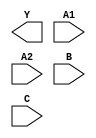
(* blackbox *) module A2O1A1Ixp33_ASAP7_75t_R (Y, A1, A2, B, C);
	output Y;
	input A1, A2, B, C;
endmodule
(* blackbox *) module A2O1A1O1Ixp25_ASAP7_75t_R (Y, A1, A2, B, C, D);
	output Y;
	input A1, A2, B, C, D;
endmodule
(* blackbox *) module AO211x2_ASAP7_75t_R (Y, A1, A2, B, C);
	output Y;
	input A1, A2, B, C;
endmodule
(* blackbox *) module AO21x1_ASAP7_75t_R (Y, A1, A2, B);
	output Y;
	input A1, A2, B;
endmodule
(* blackbox *) module AO21x2_ASAP7_75t_R (Y, A1, A2, B);
	output Y;
	input A1, A2, B;
endmodule
(* blackbox *) module AO221x1_ASAP7_75t_R (Y, A1, A2, B1, B2, C);
	output Y;
	input A1, A2, B1, B2, C;
endmodule
(* blackbox *) module AO221x2_ASAP7_75t_R (Y, A1, A2, B1, B2, C);
	output Y;
	input A1, A2, B1, B2, C;
endmodule
(* blackbox *) module AO222x2_ASAP7_75t_R (Y, A1, A2, B1, B2, C1, C2);
	output Y;
	input A1, A2, B1, B2, C1, C2;
endmodule
(* blackbox *) module AO22x1_ASAP7_75t_R (Y, A1, A2, B1, B2);
	output Y;
	input A1, A2, B1, B2;
endmodule
(* blackbox *) module AO22x2_ASAP7_75t_R (Y, A1, A2, B1, B2);
	output Y;
	input A1, A2, B1, B2;
endmodule
(* blackbox *) module AO31x2_ASAP7_75t_R (Y, A1, A2, A3, B);
	output Y;
	input A1, A2, A3, B;
endmodule
(* blackbox *) module AO322x2_ASAP7_75t_R (Y, A1, A2, A3, B1, B2, C1, C2);
	output Y;
	input A1, A2, A3, B1, B2, C1, C2;
endmodule
(* blackbox *) module AO32x1_ASAP7_75t_R (Y, A1, A2, A3, B1, B2);
	output Y;
	input A1, A2, A3, B1, B2;
endmodule
(* blackbox *) module AO32x2_ASAP7_75t_R (Y, A1, A2, A3, B1, B2);
	output Y;
	input A1, A2, A3, B1, B2;
endmodule
(* blackbox *) module AO331x1_ASAP7_75t_R (Y, A1, A2, A3, B1, B2, B3, C);
	output Y;
	input A1, A2, A3, B1, B2, B3, C;
endmodule
(* blackbox *) module AO331x2_ASAP7_75t_R (Y, A1, A2, A3, B1, B2, B3, C);
	output Y;
	input A1, A2, A3, B1, B2, B3, C;
endmodule
(* blackbox *) module AO332x1_ASAP7_75t_R (Y, A1, A2, A3, B1, B2, B3, C1, C2);
	output Y;
	input A1, A2, A3, B1, B2, B3, C1, C2;
endmodule
(* blackbox *) module AO332x2_ASAP7_75t_R (Y, A1, A2, A3, B1, B2, B3, C1, C2);
	output Y;
	input A1, A2, A3, B1, B2, B3, C1, C2;
endmodule
(* blackbox *) module AO333x1_ASAP7_75t_R (Y, A1, A2, A3, B1, B2, B3, C1, C2, C3);
	output Y;
	input A1, A2, A3, B1, B2, B3, C1, C2, C3;
endmodule
(* blackbox *) module AO333x2_ASAP7_75t_R (Y, A1, A2, A3, B1, B2, B3, C1, C2, C3);
	output Y;
	input A1, A2, A3, B1, B2, B3, C1, C2, C3;
endmodule
(* blackbox *) module AO33x2_ASAP7_75t_R (Y, A1, A2, A3, B1, B2, B3);
	output Y;
	input A1, A2, A3, B1, B2, B3;
endmodule
(* blackbox *) module AOI211x1_ASAP7_75t_R (Y, A1, A2, B, C);
	output Y;
	input A1, A2, B, C;
endmodule
(* blackbox *) module AOI211xp5_ASAP7_75t_R (Y, A1, A2, B, C);
	output Y;
	input A1, A2, B, C;
endmodule
(* blackbox *) module AOI21x1_ASAP7_75t_R (Y, A1, A2, B);
	output Y;
	input A1, A2, B;
endmodule
(* blackbox *) module AOI21xp33_ASAP7_75t_R (Y, A1, A2, B);
	output Y;
	input A1, A2, B;
endmodule
(* blackbox *) module AOI21xp5_ASAP7_75t_R (Y, A1, A2, B);
	output Y;
	input A1, A2, B;
endmodule
(* blackbox *) module AOI221x1_ASAP7_75t_R (Y, A1, A2, B1, B2, C);
	output Y;
	input A1, A2, B1, B2, C;
endmodule
(* blackbox *) module AOI221xp5_ASAP7_75t_R (Y, A1, A2, B1, B2, C);
	output Y;
	input A1, A2, B1, B2, C;
endmodule
(* blackbox *) module AOI222xp33_ASAP7_75t_R (Y, A1, A2, B1, B2, C1, C2);
	output Y;
	input A1, A2, B1, B2, C1, C2;
endmodule
(* blackbox *) module AOI22x1_ASAP7_75t_R (Y, A1, A2, B1, B2);
	output Y;
	input A1, A2, B1, B2;
endmodule
(* blackbox *) module AOI22xp33_ASAP7_75t_R (Y, A1, A2, B1, B2);
	output Y;
	input A1, A2, B1, B2;
endmodule
(* blackbox *) module AOI22xp5_ASAP7_75t_R (Y, A1, A2, B1, B2);
	output Y;
	input A1, A2, B1, B2;
endmodule
(* blackbox *) module AOI311xp33_ASAP7_75t_R (Y, A1, A2, A3, B, C);
	output Y;
	input A1, A2, A3, B, C;
endmodule
(* blackbox *) module AOI31xp33_ASAP7_75t_R (Y, A1, A2, A3, B);
	output Y;
	input A1, A2, A3, B;
endmodule
(* blackbox *) module AOI31xp67_ASAP7_75t_R (Y, A1, A2, A3, B);
	output Y;
	input A1, A2, A3, B;
endmodule
(* blackbox *) module AOI321xp33_ASAP7_75t_R (Y, A1, A2, A3, B1, B2, C);
	output Y;
	input A1, A2, A3, B1, B2, C;
endmodule
(* blackbox *) module AOI322xp5_ASAP7_75t_R (Y, A1, A2, A3, B1, B2, C1, C2);
	output Y;
	input A1, A2, A3, B1, B2, C1, C2;
endmodule
(* blackbox *) module AOI32xp33_ASAP7_75t_R (Y, A1, A2, A3, B1, B2);
	output Y;
	input A1, A2, A3, B1, B2;
endmodule
(* blackbox *) module AOI331xp33_ASAP7_75t_R (Y, A1, A2, A3, B1, B2, B3, C1);
	output Y;
	input A1, A2, A3, B1, B2, B3, C1;
endmodule
(* blackbox *) module AOI332xp33_ASAP7_75t_R (Y, A1, A2, A3, B1, B2, B3, C1, C2);
	output Y;
	input A1, A2, A3, B1, B2, B3, C1, C2;
endmodule
(* blackbox *) module AOI333xp33_ASAP7_75t_R (Y, A1, A2, A3, B1, B2, B3, C1, C2, C3);
	output Y;
	input A1, A2, A3, B1, B2, B3, C1, C2, C3;
endmodule
(* blackbox *) module AOI33xp33_ASAP7_75t_R (Y, A1, A2, A3, B1, B2, B3);
	output Y;
	input A1, A2, A3, B1, B2, B3;
endmodule
(* blackbox *) module BUFx10_ASAP7_75t_R (Y, A);
	output Y;
	input A;
endmodule
(* blackbox *) module BUFx12_ASAP7_75t_R (Y, A);
	output Y;
	input A;
endmodule
(* blackbox *) module BUFx12f_ASAP7_75t_R (Y, A);
	output Y;
	input A;
endmodule
(* blackbox *) module BUFx16f_ASAP7_75t_R (Y, A);
	output Y;
	input A;
endmodule
(* blackbox *) module BUFx24_ASAP7_75t_R (Y, A);
	output Y;
	input A;
endmodule
(* blackbox *) module BUFx2_ASAP7_75t_R (Y, A);
	output Y;
	input A;
endmodule
(* blackbox *) module BUFx3_ASAP7_75t_R (Y, A);
	output Y;
	input A;
endmodule
(* blackbox *) module BUFx4_ASAP7_75t_R (Y, A);
	output Y;
	input A;
endmodule
(* blackbox *) module BUFx4f_ASAP7_75t_R (Y, A);
	output Y;
	input A;
endmodule
(* blackbox *) module BUFx5_ASAP7_75t_R (Y, A);
	output Y;
	input A;
endmodule
(* blackbox *) module BUFx6f_ASAP7_75t_R (Y, A);
	output Y;
	input A;
endmodule
(* blackbox *) module BUFx8_ASAP7_75t_R (Y, A);
	output Y;
	input A;
endmodule
(* blackbox *) module CKINVDCx10_ASAP7_75t_R (Y, A);
	output Y;
	input A;
endmodule
(* blackbox *) module CKINVDCx11_ASAP7_75t_R (Y, A);
	output Y;
	input A;
endmodule
(* blackbox *) module CKINVDCx12_ASAP7_75t_R (Y, A);
	output Y;
	input A;
endmodule
(* blackbox *) module CKINVDCx14_ASAP7_75t_R (Y, A);
	output Y;
	input A;
endmodule
(* blackbox *) module CKINVDCx16_ASAP7_75t_R (Y, A);
	output Y;
	input A;
endmodule
(* blackbox *) module CKINVDCx20_ASAP7_75t_R (Y, A);
	output Y;
	input A;
endmodule
(* blackbox *) module CKINVDCx5p33_ASAP7_75t_R (Y, A);
	output Y;
	input A;
endmodule
(* blackbox *) module CKINVDCx6p67_ASAP7_75t_R (Y, A);
	output Y;
	input A;
endmodule
(* blackbox *) module CKINVDCx8_ASAP7_75t_R (Y, A);
	output Y;
	input A;
endmodule
(* blackbox *) module CKINVDCx9p33_ASAP7_75t_R (Y, A);
	output Y;
	input A;
endmodule
(* blackbox *) module HB1xp67_ASAP7_75t_R (Y, A);
	output Y;
	input A;
endmodule
(* blackbox *) module HB2xp67_ASAP7_75t_R (Y, A);
	output Y;
	input A;
endmodule
(* blackbox *) module HB3xp67_ASAP7_75t_R (Y, A);
	output Y;
	input A;
endmodule
(* blackbox *) module HB4xp67_ASAP7_75t_R (Y, A);
	output Y;
	input A;
endmodule
(* blackbox *) module INVx11_ASAP7_75t_R (Y, A);
	output Y;
	input A;
endmodule
(* blackbox *) module INVx13_ASAP7_75t_R (Y, A);
	output Y;
	input A;
endmodule
(* blackbox *) module INVx1_ASAP7_75t_R (Y, A);
	output Y;
	input A;
endmodule
(* blackbox *) module INVx2_ASAP7_75t_R (Y, A);
	output Y;
	input A;
endmodule
(* blackbox *) module INVx3_ASAP7_75t_R (Y, A);
	output Y;
	input A;
endmodule
(* blackbox *) module INVx4_ASAP7_75t_R (Y, A);
	output Y;
	input A;
endmodule
(* blackbox *) module INVx5_ASAP7_75t_R (Y, A);
	output Y;
	input A;
endmodule
(* blackbox *) module INVx6_ASAP7_75t_R (Y, A);
	output Y;
	input A;
endmodule
(* blackbox *) module INVx8_ASAP7_75t_R (Y, A);
	output Y;
	input A;
endmodule
(* blackbox *) module INVxp33_ASAP7_75t_R (Y, A);
	output Y;
	input A;
endmodule
(* blackbox *) module INVxp67_ASAP7_75t_R (Y, A);
	output Y;
	input A;
endmodule
(* blackbox *) module O2A1O1Ixp33_ASAP7_75t_R (Y, A1, A2, B, C);
	output Y;
	input A1, A2, B, C;
endmodule
(* blackbox *) module O2A1O1Ixp5_ASAP7_75t_R (Y, A1, A2, B, C);
	output Y;
	input A1, A2, B, C;
endmodule
(* blackbox *) module OA211x2_ASAP7_75t_R (Y, A1, A2, B, C);
	output Y;
	input A1, A2, B, C;
endmodule
(* blackbox *) module OA21x2_ASAP7_75t_R (Y, A1, A2, B);
	output Y;
	input A1, A2, B;
endmodule
(* blackbox *) module OA221x2_ASAP7_75t_R (Y, A1, A2, B1, B2, C);
	output Y;
	input A1, A2, B1, B2, C;
endmodule
(* blackbox *) module OA222x2_ASAP7_75t_R (Y, A1, A2, B1, B2, C1, C2);
	output Y;
	input A1, A2, B1, B2, C1, C2;
endmodule
(* blackbox *) module OA22x2_ASAP7_75t_R (Y, A1, A2, B1, B2);
	output Y;
	input A1, A2, B1, B2;
endmodule
(* blackbox *) module OA31x2_ASAP7_75t_R (Y, A1, A2, A3, B1);
	output Y;
	input A1, A2, A3, B1;
endmodule
(* blackbox *) module OA331x1_ASAP7_75t_R (Y, A1, A2, A3, B1, B2, B3, C1);
	output Y;
	input A1, A2, A3, B1, B2, B3, C1;
endmodule
(* blackbox *) module OA331x2_ASAP7_75t_R (Y, A1, A2, A3, B1, B2, B3, C1);
	output Y;
	input A1, A2, A3, B1, B2, B3, C1;
endmodule
(* blackbox *) module OA332x1_ASAP7_75t_R (Y, A1, A2, A3, B1, B2, B3, C1, C2);
	output Y;
	input A1, A2, A3, B1, B2, B3, C1, C2;
endmodule
(* blackbox *) module OA332x2_ASAP7_75t_R (Y, A1, A2, A3, B1, B2, B3, C1, C2);
	output Y;
	input A1, A2, A3, B1, B2, B3, C1, C2;
endmodule
(* blackbox *) module OA333x1_ASAP7_75t_R (Y, A1, A2, A3, B1, B2, B3, C1, C2, C3);
	output Y;
	input A1, A2, A3, B1, B2, B3, C1, C2, C3;
endmodule
(* blackbox *) module OA333x2_ASAP7_75t_R (Y, A1, A2, A3, B1, B2, B3, C1, C2, C3);
	output Y;
	input A1, A2, A3, B1, B2, B3, C1, C2, C3;
endmodule
(* blackbox *) module OA33x2_ASAP7_75t_R (Y, A1, A2, A3, B1, B2, B3);
	output Y;
	input A1, A2, A3, B1, B2, B3;
endmodule
(* blackbox *) module OAI211xp5_ASAP7_75t_R (Y, A1, A2, B, C);
	output Y;
	input A1, A2, B, C;
endmodule
(* blackbox *) module OAI21x1_ASAP7_75t_R (Y, A1, A2, B);
	output Y;
	input A1, A2, B;
endmodule
(* blackbox *) module OAI21xp33_ASAP7_75t_R (Y, A1, A2, B);
	output Y;
	input A1, A2, B;
endmodule
(* blackbox *) module OAI21xp5_ASAP7_75t_R (Y, A1, A2, B);
	output Y;
	input A1, A2, B;
endmodule
(* blackbox *) module OAI221xp5_ASAP7_75t_R (Y, A1, A2, B1, B2, C);
	output Y;
	input A1, A2, B1, B2, C;
endmodule
(* blackbox *) module OAI222xp33_ASAP7_75t_R (Y, A1, A2, B1, B2, C1, C2);
	output Y;
	input A1, A2, B1, B2, C1, C2;
endmodule
(* blackbox *) module OAI22x1_ASAP7_75t_R (Y, A1, A2, B1, B2);
	output Y;
	input A1, A2, B1, B2;
endmodule
(* blackbox *) module OAI22xp33_ASAP7_75t_R (Y, A1, A2, B1, B2);
	output Y;
	input A1, A2, B1, B2;
endmodule
(* blackbox *) module OAI22xp5_ASAP7_75t_R (Y, A1, A2, B1, B2);
	output Y;
	input A1, A2, B1, B2;
endmodule
(* blackbox *) module OAI311xp33_ASAP7_75t_R (Y, A1, A2, A3, B1, C1);
	output Y;
	input A1, A2, A3, B1, C1;
endmodule
(* blackbox *) module OAI31xp33_ASAP7_75t_R (Y, A1, A2, A3, B);
	output Y;
	input A1, A2, A3, B;
endmodule
(* blackbox *) module OAI31xp67_ASAP7_75t_R (Y, A1, A2, A3, B);
	output Y;
	input A1, A2, A3, B;
endmodule
(* blackbox *) module OAI321xp33_ASAP7_75t_R (Y, A1, A2, A3, B1, B2, C);
	output Y;
	input A1, A2, A3, B1, B2, C;
endmodule
(* blackbox *) module OAI322xp33_ASAP7_75t_R (Y, A1, A2, A3, B1, B2, C1, C2);
	output Y;
	input A1, A2, A3, B1, B2, C1, C2;
endmodule
(* blackbox *) module OAI32xp33_ASAP7_75t_R (Y, A1, A2, A3, B1, B2);
	output Y;
	input A1, A2, A3, B1, B2;
endmodule
(* blackbox *) module OAI331xp33_ASAP7_75t_R (Y, A1, A2, A3, B1, B2, B3, C1);
	output Y;
	input A1, A2, A3, B1, B2, B3, C1;
endmodule
(* blackbox *) module OAI332xp33_ASAP7_75t_R (Y, A1, A2, A3, B1, B2, B3, C1, C2);
	output Y;
	input A1, A2, A3, B1, B2, B3, C1, C2;
endmodule
(* blackbox *) module OAI333xp33_ASAP7_75t_R (Y, A1, A2, A3, B1, B2, B3, C1, C2, C3);
	output Y;
	input A1, A2, A3, B1, B2, B3, C1, C2, C3;
endmodule
(* blackbox *) module OAI33xp33_ASAP7_75t_R (Y, A1, A2, A3, B1, B2, B3);
	output Y;
	input A1, A2, A3, B1, B2, B3;
endmodule
(* blackbox *) module ASYNC_DFFHx1_ASAP7_75t_R (QN, D, RESET, SET, CLK);
	output QN;
	input D, RESET, SET, CLK;
endmodule
(* blackbox *) module DFFHQNx1_ASAP7_75t_R (QN, D, CLK);
	output QN;
	input D, CLK;
endmodule
(* blackbox *) module DFFHQNx2_ASAP7_75t_R (QN, D, CLK);
	output QN;
	input D, CLK;
endmodule
(* blackbox *) module DFFHQNx3_ASAP7_75t_R (QN, D, CLK);
	output QN;
	input D, CLK;
endmodule
(* blackbox *) module DFFHQx4_ASAP7_75t_R (Q, D, CLK);
	output Q;
	input D, CLK;
endmodule
(* blackbox *) module DFFLQNx1_ASAP7_75t_R (QN, D, CLK);
	output QN;
	input D, CLK;
endmodule
(* blackbox *) module DFFLQNx2_ASAP7_75t_R (QN, D, CLK);
	output QN;
	input D, CLK;
endmodule
(* blackbox *) module DFFLQNx3_ASAP7_75t_R (QN, D, CLK);
	output QN;
	input D, CLK;
endmodule
(* blackbox *) module DFFLQx4_ASAP7_75t_R (Q, D, CLK);
	output Q;
	input D, CLK;
endmodule
(* blackbox *) module DHLx1_ASAP7_75t_R (Q, D, CLK);
	output Q;
	input D, CLK;
endmodule
(* blackbox *) module DHLx2_ASAP7_75t_R (Q, D, CLK);
	output Q;
	input D, CLK;
endmodule
(* blackbox *) module DHLx3_ASAP7_75t_R (Q, D, CLK);
	output Q;
	input D, CLK;
endmodule
(* blackbox *) module DLLx1_ASAP7_75t_R (Q, D, CLK);
	output Q;
	input D, CLK;
endmodule
(* blackbox *) module DLLx2_ASAP7_75t_R (Q, D, CLK);
	output Q;
	input D, CLK;
endmodule
(* blackbox *) module DLLx3_ASAP7_75t_R (Q, D, CLK);
	output Q;
	input D, CLK;
endmodule
(* blackbox *) module ICGx1_ASAP7_75t_R (GCLK, ENA, SE, CLK);
	output GCLK;
	input ENA, SE, CLK;
endmodule
(* blackbox *) module ICGx2_ASAP7_75t_R (GCLK, ENA, SE, CLK);
	output GCLK;
	input ENA, SE, CLK;
endmodule
(* blackbox *) module ICGx2p67DC_ASAP7_75t_R (GCLK, ENA, SE, CLK);
	output GCLK;
	input ENA, SE, CLK;
endmodule
(* blackbox *) module ICGx3_ASAP7_75t_R (GCLK, ENA, SE, CLK);
	output GCLK;
	input ENA, SE, CLK;
endmodule
(* blackbox *) module ICGx4DC_ASAP7_75t_R (GCLK, ENA, SE, CLK);
	output GCLK;
	input ENA, SE, CLK;
endmodule
(* blackbox *) module ICGx4_ASAP7_75t_R (GCLK, ENA, SE, CLK);
	output GCLK;
	input ENA, SE, CLK;
endmodule
(* blackbox *) module ICGx5_ASAP7_75t_R (GCLK, ENA, SE, CLK);
	output GCLK;
	input ENA, SE, CLK;
endmodule
(* blackbox *) module ICGx5p33DC_ASAP7_75t_R (GCLK, ENA, SE, CLK);
	output GCLK;
	input ENA, SE, CLK;
endmodule
(* blackbox *) module ICGx6p67DC_ASAP7_75t_R (GCLK, ENA, SE, CLK);
	output GCLK;
	input ENA, SE, CLK;
endmodule
(* blackbox *) module ICGx8DC_ASAP7_75t_R (GCLK, ENA, SE, CLK);
	output GCLK;
	input ENA, SE, CLK;
endmodule
(* blackbox *) module SDFHx1_ASAP7_75t_R (QN, D, SE, SI, CLK);
	output QN;
	input D, SE, SI, CLK;
endmodule
(* blackbox *) module SDFHx2_ASAP7_75t_R (QN, D, SE, SI, CLK);
	output QN;
	input D, SE, SI, CLK;
endmodule
(* blackbox *) module SDFHx3_ASAP7_75t_R (QN, D, SE, SI, CLK);
	output QN;
	input D, SE, SI, CLK;
endmodule
(* blackbox *) module SDFHx4_ASAP7_75t_R (QN, D, SE, SI, CLK);
	output QN;
	input D, SE, SI, CLK;
endmodule
(* blackbox *) module SDFLx1_ASAP7_75t_R (QN, D, SE, SI, CLK);
	output QN;
	input D, SE, SI, CLK;
endmodule
(* blackbox *) module SDFLx2_ASAP7_75t_R (QN, D, SE, SI, CLK);
	output QN;
	input D, SE, SI, CLK;
endmodule
(* blackbox *) module SDFLx3_ASAP7_75t_R (QN, D, SE, SI, CLK);
	output QN;
	input D, SE, SI, CLK;
endmodule
(* blackbox *) module SDFLx4_ASAP7_75t_R (QN, D, SE, SI, CLK);
	output QN;
	input D, SE, SI, CLK;
endmodule
(* blackbox *) module AND2x2_ASAP7_75t_R (Y, A, B);
	output Y;
	input A, B;
endmodule
(* blackbox *) module AND2x4_ASAP7_75t_R (Y, A, B);
	output Y;
	input A, B;
endmodule
(* blackbox *) module AND2x6_ASAP7_75t_R (Y, A, B);
	output Y;
	input A, B;
endmodule
(* blackbox *) module AND3x1_ASAP7_75t_R (Y, A, B, C);
	output Y;
	input A, B, C;
endmodule
(* blackbox *) module AND3x2_ASAP7_75t_R (Y, A, B, C);
	output Y;
	input A, B, C;
endmodule
(* blackbox *) module AND3x4_ASAP7_75t_R (Y, A, B, C);
	output Y;
	input A, B, C;
endmodule
(* blackbox *) module AND4x1_ASAP7_75t_R (Y, A, B, C, D);
	output Y;
	input A, B, C, D;
endmodule
(* blackbox *) module AND4x2_ASAP7_75t_R (Y, A, B, C, D);
	output Y;
	input A, B, C, D;
endmodule
(* blackbox *) module AND5x1_ASAP7_75t_R (Y, A, B, C, D, E);
	output Y;
	input A, B, C, D, E;
endmodule
(* blackbox *) module AND5x2_ASAP7_75t_R (Y, A, B, C, D, E);
	output Y;
	input A, B, C, D, E;
endmodule
(* blackbox *) module FAx1_ASAP7_75t_R (CON, SN, A, B, CI);
	output CON, SN;
	input A, B, CI;
endmodule
(* blackbox *) module HAxp5_ASAP7_75t_R (CON, SN, A, B);
	output CON, SN;
	input A, B;
endmodule
(* blackbox *) module MAJIxp5_ASAP7_75t_R (Y, A, B, C);
	output Y;
	input A, B, C;
endmodule
(* blackbox *) module MAJx2_ASAP7_75t_R (Y, A, B, C);
	output Y;
	input A, B, C;
endmodule
(* blackbox *) module MAJx3_ASAP7_75t_R (Y, A, B, C);
	output Y;
	input A, B, C;
endmodule
(* blackbox *) module NAND2x1_ASAP7_75t_R (Y, A, B);
	output Y;
	input A, B;
endmodule
(* blackbox *) module NAND2x1p5_ASAP7_75t_R (Y, A, B);
	output Y;
	input A, B;
endmodule
(* blackbox *) module NAND2x2_ASAP7_75t_R (Y, A, B);
	output Y;
	input A, B;
endmodule
(* blackbox *) module NAND2xp33_ASAP7_75t_R (Y, A, B);
	output Y;
	input A, B;
endmodule
(* blackbox *) module NAND2xp5_ASAP7_75t_R (Y, A, B);
	output Y;
	input A, B;
endmodule
(* blackbox *) module NAND2xp67_ASAP7_75t_R (Y, A, B);
	output Y;
	input A, B;
endmodule
(* blackbox *) module NAND3x1_ASAP7_75t_R (Y, A, B, C);
	output Y;
	input A, B, C;
endmodule
(* blackbox *) module NAND3x2_ASAP7_75t_R (Y, A, B, C);
	output Y;
	input A, B, C;
endmodule
(* blackbox *) module NAND3xp33_ASAP7_75t_R (Y, A, B, C);
	output Y;
	input A, B, C;
endmodule
(* blackbox *) module NAND4xp25_ASAP7_75t_R (Y, A, B, C, D);
	output Y;
	input A, B, C, D;
endmodule
(* blackbox *) module NAND4xp75_ASAP7_75t_R (Y, A, B, C, D);
	output Y;
	input A, B, C, D;
endmodule
(* blackbox *) module NAND5xp2_ASAP7_75t_R (Y, A, B, C, D, E);
	output Y;
	input A, B, C, D, E;
endmodule
(* blackbox *) module NOR2x1_ASAP7_75t_R (Y, A, B);
	output Y;
	input A, B;
endmodule
(* blackbox *) module NOR2x1p5_ASAP7_75t_R (Y, A, B);
	output Y;
	input A, B;
endmodule
(* blackbox *) module NOR2x2_ASAP7_75t_R (Y, A, B);
	output Y;
	input A, B;
endmodule
(* blackbox *) module NOR2xp33_ASAP7_75t_R (Y, A, B);
	output Y;
	input A, B;
endmodule
(* blackbox *) module NOR2xp67_ASAP7_75t_R (Y, A, B);
	output Y;
	input A, B;
endmodule
(* blackbox *) module NOR3x1_ASAP7_75t_R (Y, A, B, C);
	output Y;
	input A, B, C;
endmodule
(* blackbox *) module NOR3x2_ASAP7_75t_R (Y, A, B, C);
	output Y;
	input A, B, C;
endmodule
(* blackbox *) module NOR3xp33_ASAP7_75t_R (Y, A, B, C);
	output Y;
	input A, B, C;
endmodule
(* blackbox *) module NOR4xp25_ASAP7_75t_R (Y, A, B, C, D);
	output Y;
	input A, B, C, D;
endmodule
(* blackbox *) module NOR4xp75_ASAP7_75t_R (Y, A, B, C, D);
	output Y;
	input A, B, C, D;
endmodule
(* blackbox *) module NOR5xp2_ASAP7_75t_R (Y, A, B, C, D, E);
	output Y;
	input A, B, C, D, E;
endmodule
(* blackbox *) module OR2x2_ASAP7_75t_R (Y, A, B);
	output Y;
	input A, B;
endmodule
(* blackbox *) module OR2x4_ASAP7_75t_R (Y, A, B);
	output Y;
	input A, B;
endmodule
(* blackbox *) module OR2x6_ASAP7_75t_R (Y, A, B);
	output Y;
	input A, B;
endmodule
(* blackbox *) module OR3x1_ASAP7_75t_R (Y, A, B, C);
	output Y;
	input A, B, C;
endmodule
(* blackbox *) module OR3x2_ASAP7_75t_R (Y, A, B, C);
	output Y;
	input A, B, C;
endmodule
(* blackbox *) module OR3x4_ASAP7_75t_R (Y, A, B, C);
	output Y;
	input A, B, C;
endmodule
(* blackbox *) module OR4x1_ASAP7_75t_R (Y, A, B, C, D);
	output Y;
	input A, B, C, D;
endmodule
(* blackbox *) module OR4x2_ASAP7_75t_R (Y, A, B, C, D);
	output Y;
	input A, B, C, D;
endmodule
(* blackbox *) module OR5x1_ASAP7_75t_R (Y, A, B, C, D, E);
	output Y;
	input A, B, C, D, E;
endmodule
(* blackbox *) module OR5x2_ASAP7_75t_R (Y, A, B, C, D, E);
	output Y;
	input A, B, C, D, E;
endmodule
(* blackbox *) module TIEHIx1_ASAP7_75t_R (H);
	output H;
endmodule
(* blackbox *) module TIELOx1_ASAP7_75t_R (L);
	output L;
endmodule
(* blackbox *) module XNOR2x1_ASAP7_75t_R (Y, A, B);
	output Y;
	input A, B;
endmodule
(* blackbox *) module XNOR2x2_ASAP7_75t_R (Y, A, B);
	output Y;
	input A, B;
endmodule
(* blackbox *) module XNOR2xp5_ASAP7_75t_R (Y, A, B);
	output Y;
	input A, B;
endmodule
(* blackbox *) module XOR2x1_ASAP7_75t_R (Y, A, B);
	output Y;
	input A, B;
endmodule
(* blackbox *) module XOR2x2_ASAP7_75t_R (Y, A, B);
	output Y;
	input A, B;
endmodule
(* blackbox *) module XOR2xp5_ASAP7_75t_R (Y, A, B);
	output Y;
	input A, B;
endmodule